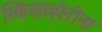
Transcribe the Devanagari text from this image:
स्कियाव्होनीना